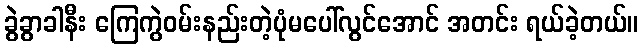
ခွဲခွာခါနီး ကြေကွဲဝမ်းနည်းတဲ့ပုံမပေါ်လွင်အောင် အတင်း ရယ်ခဲ့တယ်။